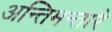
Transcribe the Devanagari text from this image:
अन्तिमन्तारै